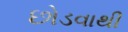
છોડવાથી